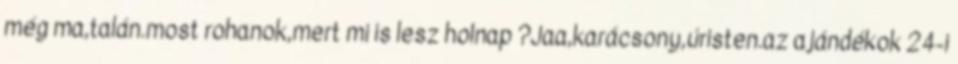
még ma,talán.most rohanok,mert mi is lesz holnap ?Jaa,karácsony,úristen.az ajándékok 24-i